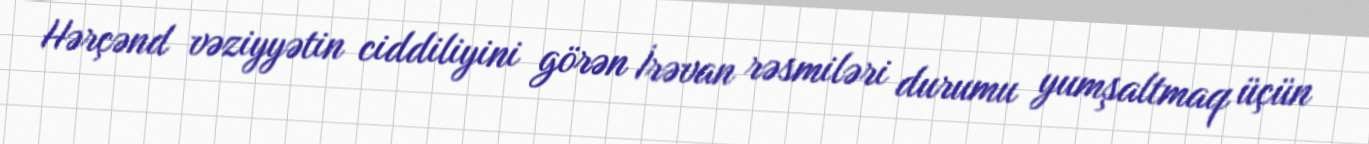
Hərçənd vəziyyətin ciddiliyini görən İrəvan rəsmiləri durumu yumşaltmaq üçün